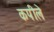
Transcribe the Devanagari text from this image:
कपीले